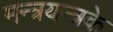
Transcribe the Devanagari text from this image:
मन्त्रयन्त्रके